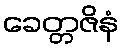
ခေတ္တဇိနံ